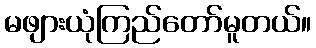
မဖျားယုံကြည်တော်မူတယ်။